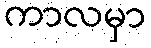
ကာလမှာ